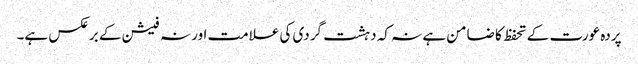
پردہ عورت کے تحفظ کا ضامن ہے نہ کہ دہشت گردی کی علامت اور نہ فیشن کے برعکس ہے۔